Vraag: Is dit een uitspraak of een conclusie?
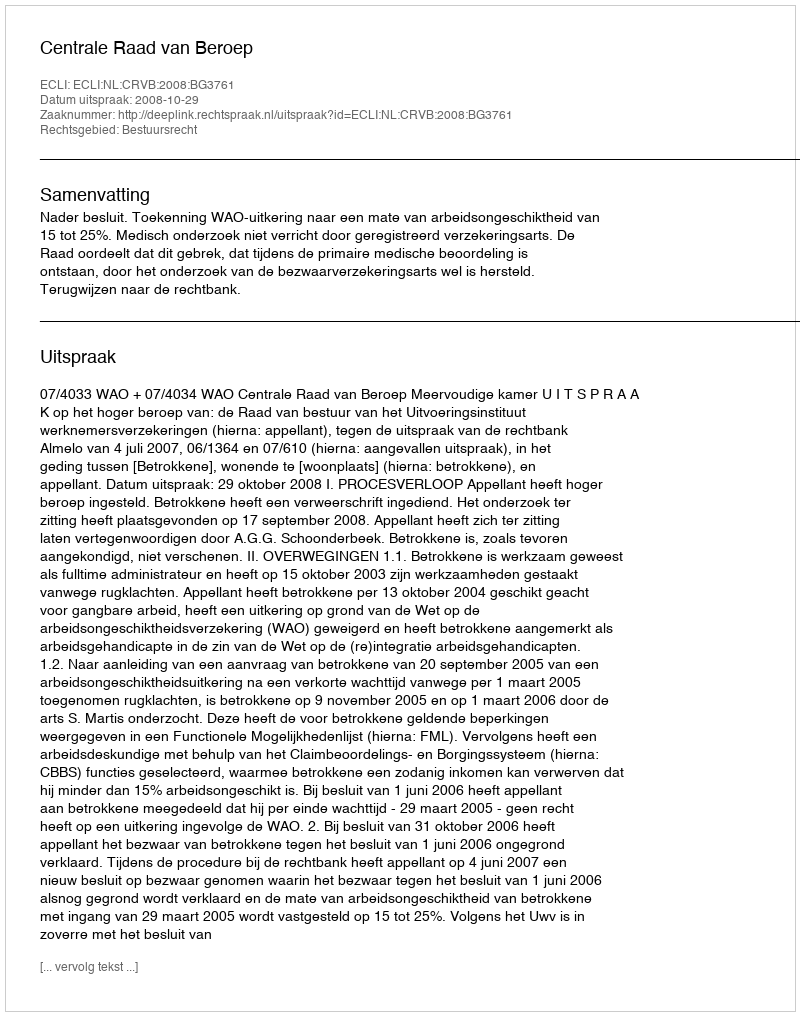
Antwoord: Uitspraak